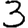
Digit: 3